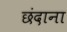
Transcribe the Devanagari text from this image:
छंदाना